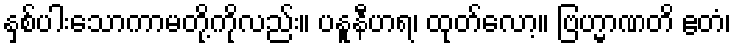
နှစ်ပါးသောကာမတို့ကိုလည်း။ ပနူနီဟရ၊ ထုတ်လော့။ ဗြဟ္မာဏတိ ဧတံ၊